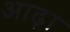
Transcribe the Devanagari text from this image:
आढ़ा